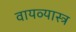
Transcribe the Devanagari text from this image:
वायव्‍यास्‍त्र